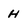
Character: H